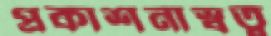
প্রকাশনাস্বত্ব